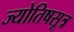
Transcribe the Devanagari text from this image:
ज्योतिषसूत्र